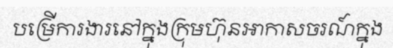
បម្រើការងារនៅក្នុងក្រុមហ៊ុនអាកាសចរណ៍ក្នុង